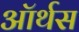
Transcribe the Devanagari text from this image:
ऑर्थस